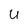
Character: u